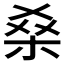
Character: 𮲱